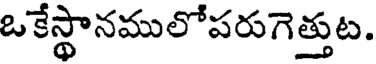
ఒకేస్థానములోపరుగెత్తుట.